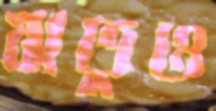
ঋতুও